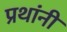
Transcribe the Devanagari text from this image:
प्रथांनी